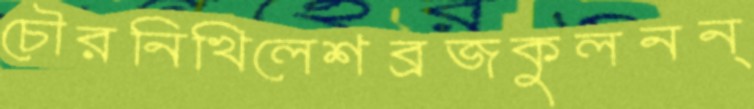
চৌরনিখিলেশব্রজকুলনন্